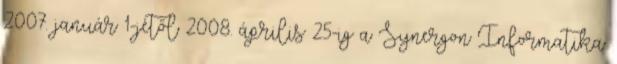
2007. január 1-jétől 2008. április 25-ig a Synergon Informatika